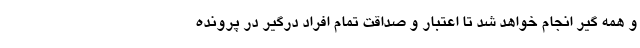
و همه گیر انجام خواهد شد تا اعتبار و صداقت تمام افراد درگیر در پرونده